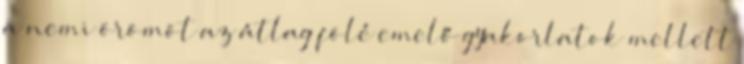
a nemi örömöt az átlag fölé emelő gyakorlatok mellett